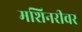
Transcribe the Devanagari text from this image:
मशिनरीवर